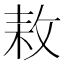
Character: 𢽓